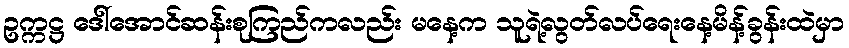
ဥက္ကဋ္ဌ ဒေါ်အောင်ဆန်းစုကြည်ကလည်း မနေ့က သူရဲ့လွတ်လပ်ရေးနေ့မိန့်ခွန်းထဲမှာ